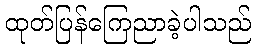
ထုတ်ပြန်ကြေညာခဲ့ပါသည်